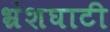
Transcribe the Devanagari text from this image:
भ्रंशघाटी